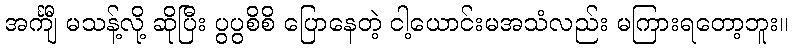
အင်္ကျီ မသန့်လို့ ဆိုပြီး ပွပွစိစိ ပြောနေတဲ့ ငါ့ယောင်းမအသံလည်း မကြားရတော့ဘူး။